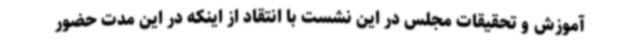
آموزش و تحقیقات مجلس در این نشست با انتقاد از اینکه در این مدت حضور